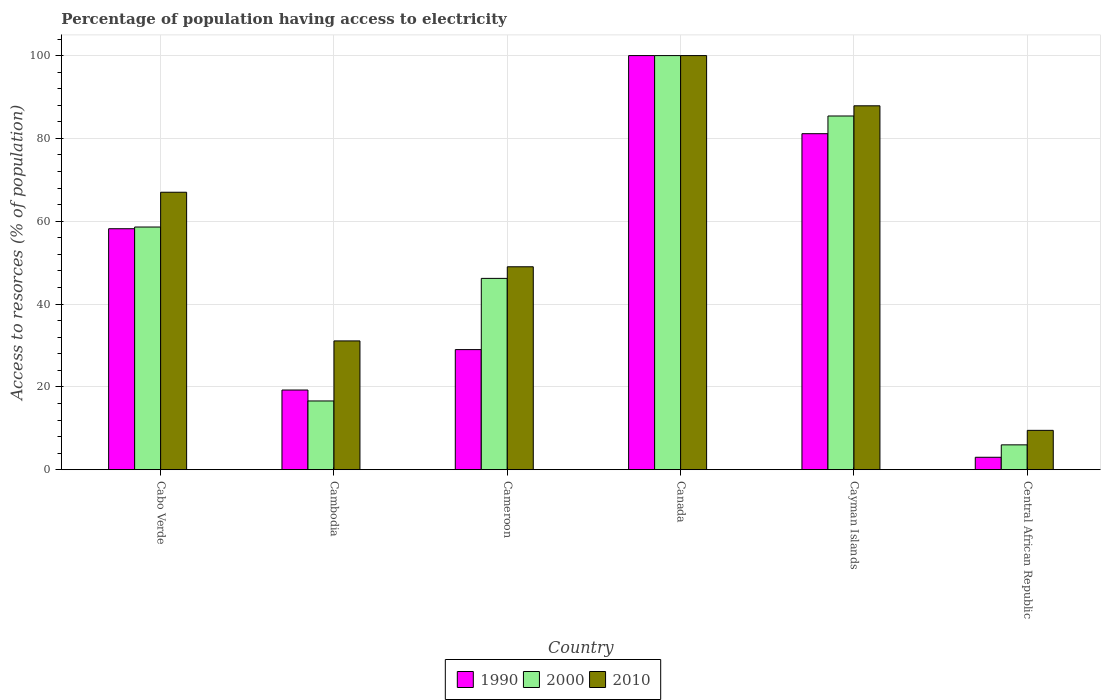
| Country | 1990 | 2000 | 2010 |
 | --- | --- | --- | --- |
 | Cabo Verde | 58.2 | 58.6 | 67 |
 | Cambodia | 19.2 | 16.6 | 31.1 |
 | Cameroon | 29 | 46.2 | 49 |
 | Canada | 100 | 100 | 100 |
 | Cayman Islands | 81.1 | 85.4 | 87.9 |
 | Central African Republic | 3 | 6 | 9.5 |